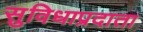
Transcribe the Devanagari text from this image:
सुविधाप्रदाता